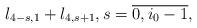
LaTeX: \begin{align*} l_{4-s, 1} + l_{4, s + 1}, s = \overline{0, i_0-1},\end{align*}